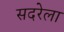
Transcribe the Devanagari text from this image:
सदरेला